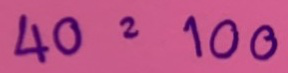
40 = 100